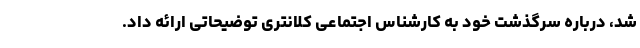
شد، درباره سرگذشت خود به کارشناس اجتماعی کلانتری توضیحاتی ارائه داد.